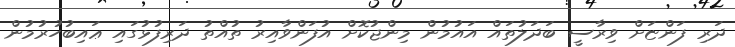
ދަރި ފަންޏަށް ވިރާސީ ބަދަލުތައް އައުމުން މިންޖުކޮށް އުފަންވާއިރު ތުއްތު ދަރިފުޅުގައި ޢައިބުހުރުމުން